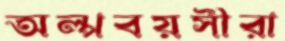
অল্পবয়সীরা